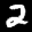
Label: 2